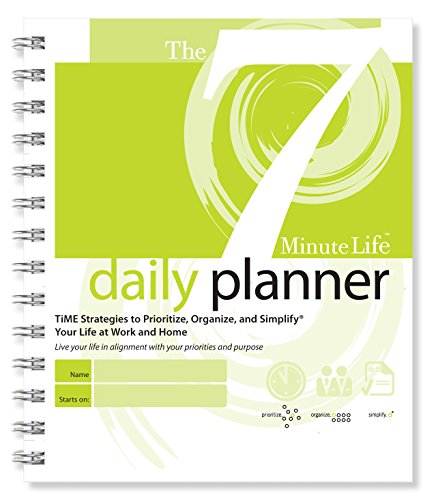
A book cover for The 7 Minute Life Daily Planner; Allyson Lewis; Business & Money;